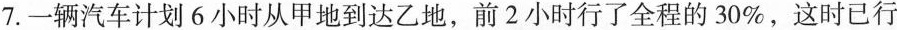
7.一辆汽车计划6小时从甲地到达乙地，前2小时行了全程的30 \%，这时已行